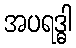
အပရဒ္ဓါ